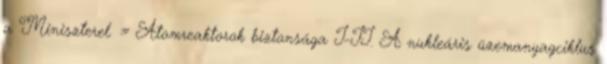
a Miniszterel. » Atomreaktorok biztonsága I-II. A nukleáris üzemanyagciklus